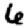
Digit: 6